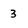
Character: 3